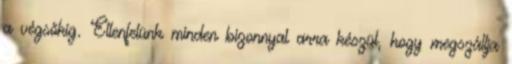
a végsőkig. Ellenfelünk minden bizonnyal arra készül, hogy megszállja